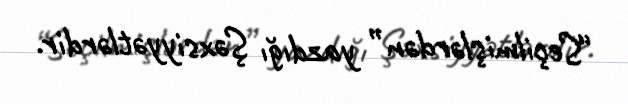
“Seçilmişlərdən” yazdığı Şəxsiyyətlərdir.